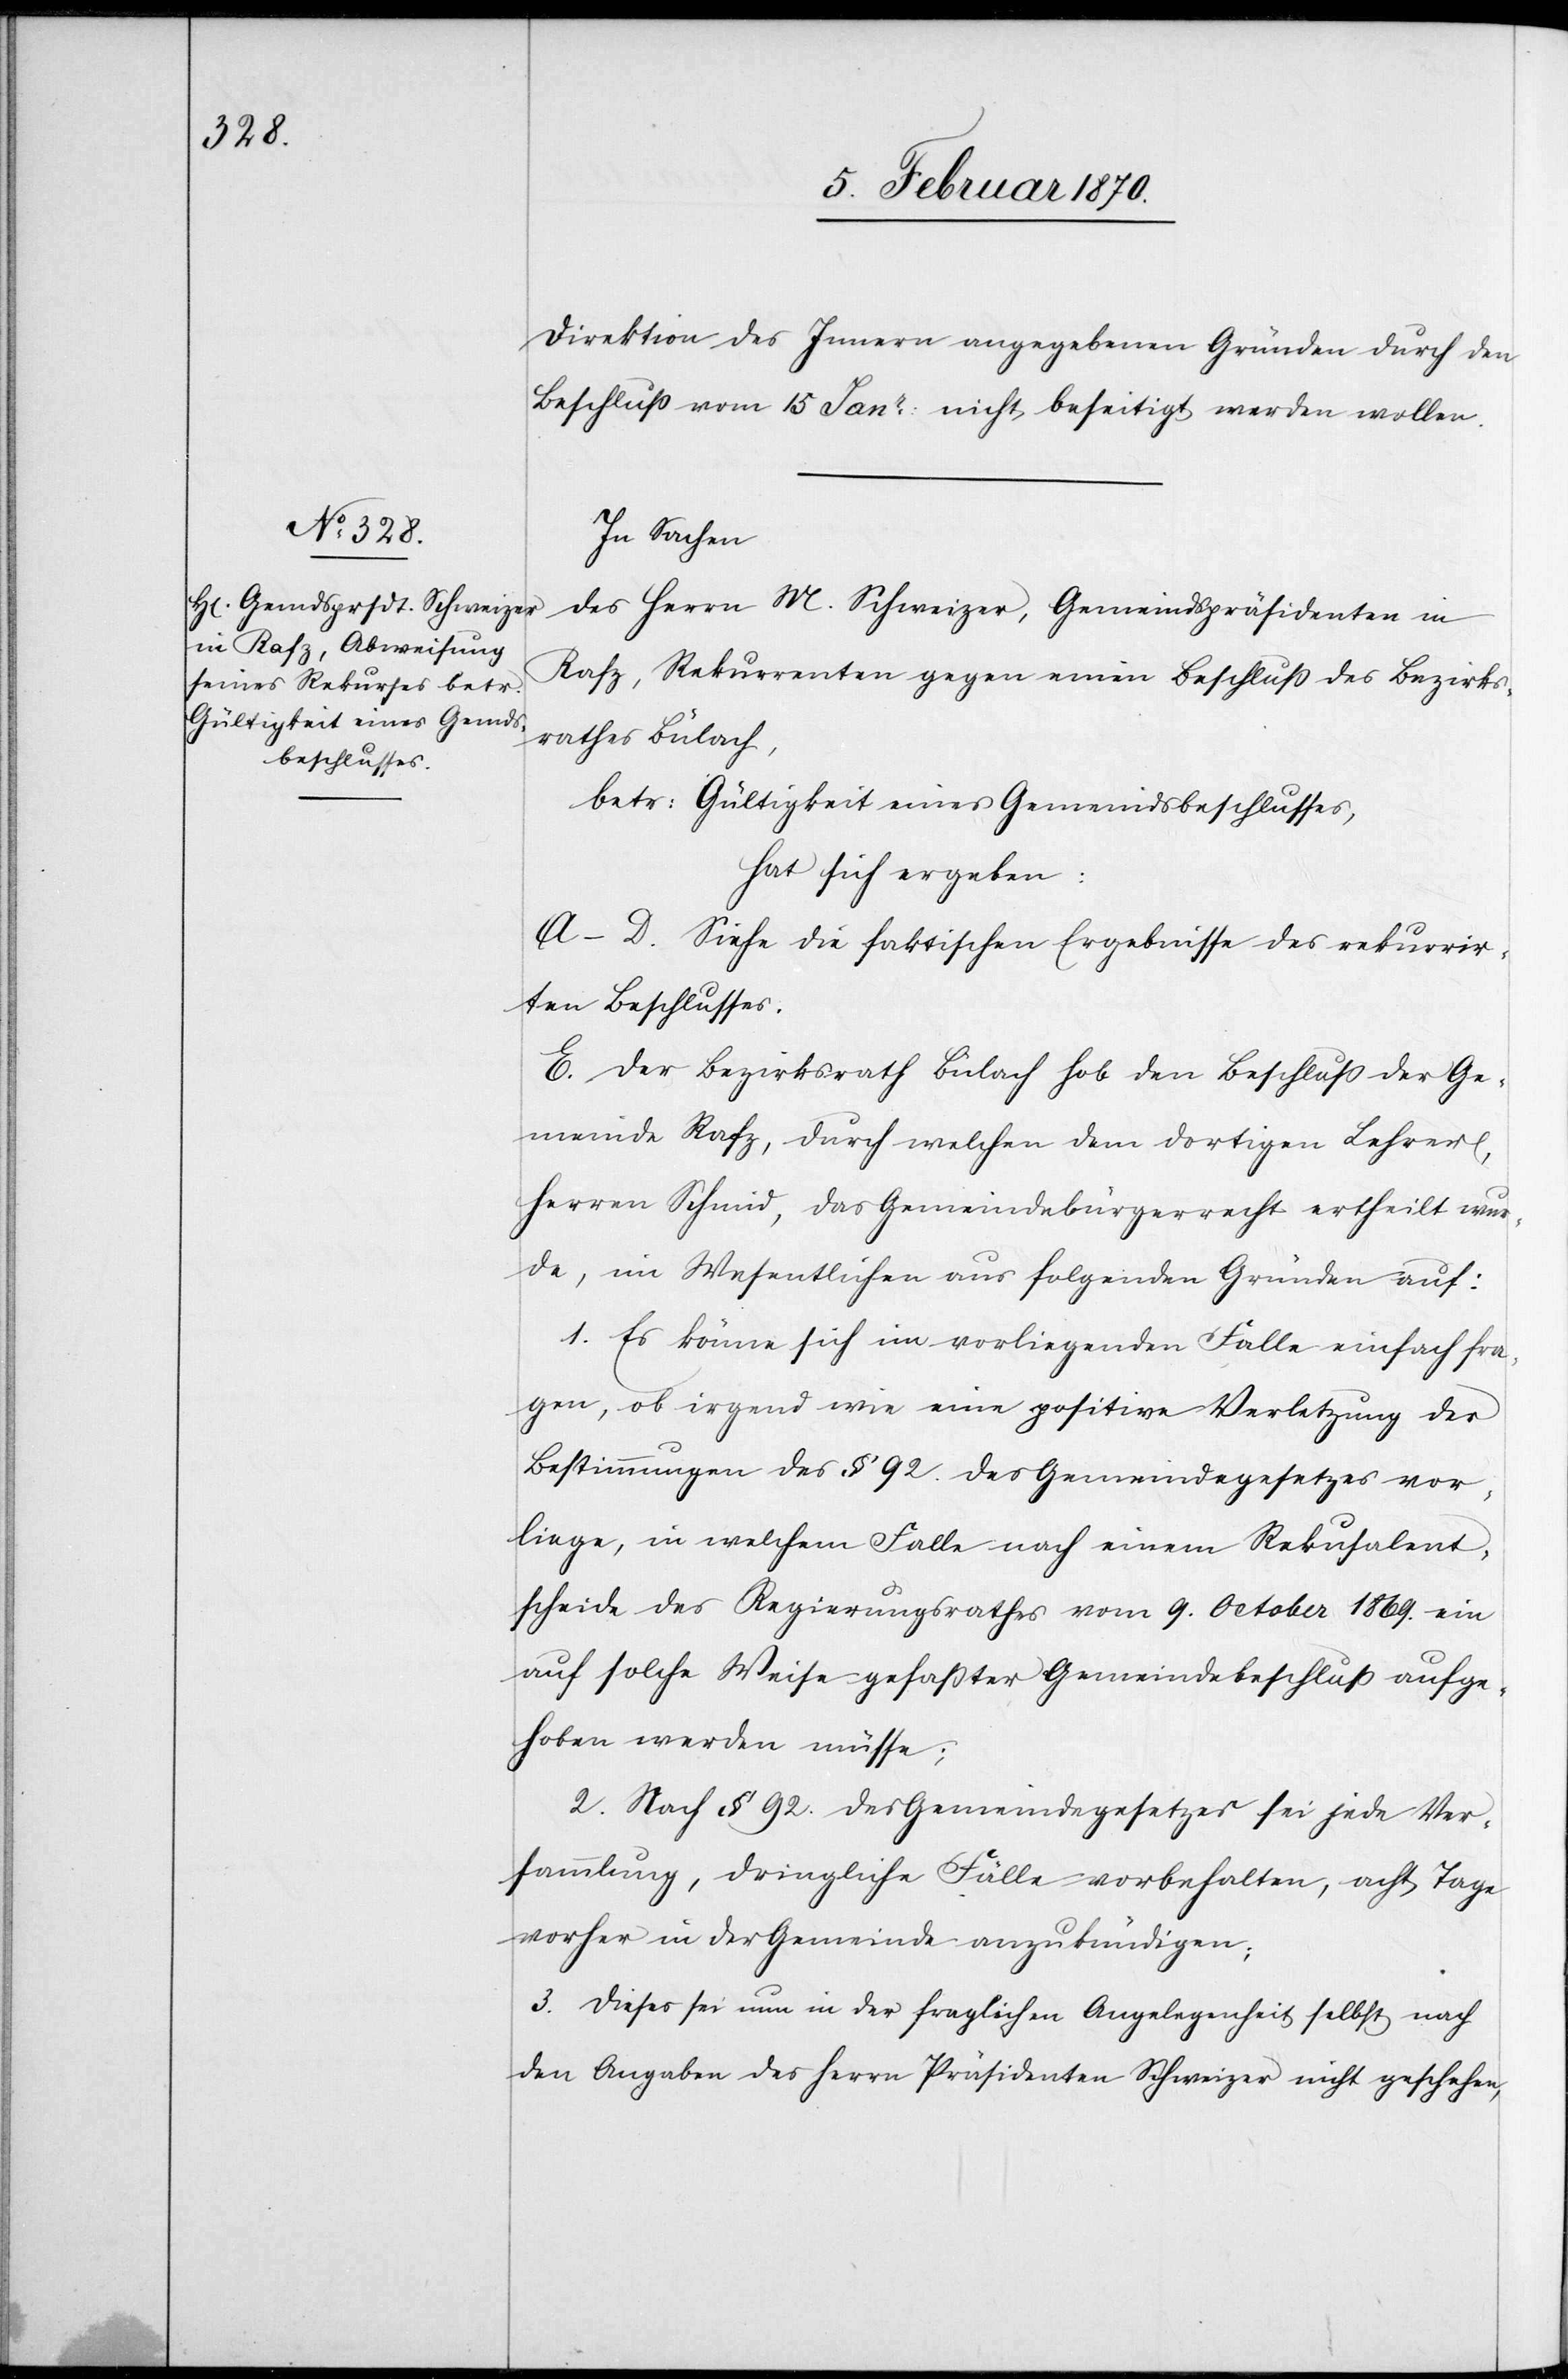
Direktion des Innern angegebenen Gründen durch den
Beschluß vom 15 Janr: nicht beseitigt werden wollen.
In Sachen
Rafz, Rekurrenten gegen einen Beschluß des Bezirks¬
rathes Bülach,
betr: Gültigkeit eines Gemeindsbeschlusses,
hat sich ergeben:
A–D. Siehe die faktischen Ergebnisse des rekurrir¬
ten Beschlusses.
E. Der Bezirksrath Bülach hob den Beschluß der Ge¬
meinde Rafz, durch welchen dem dortigen Lehrer,
Herren Schmid, das Gemeindebürgerrecht ertheilt wur¬
de, im Wesentlichen aus folgenden Gründen auf:
1. Es könne sich im vorliegenden Falle einfach fra¬
gen, ob irgendwie eine positive Verletzung der
Bestimmungen des § 92. des Gemeindegesetzes vor¬
liege, in welchem Falle nach einem Rekusalent¬
scheide des Regierungsrathes vom 9. October 1869. ein
auf solche Weise gefaßter Gemeindebeschluß aufge¬
hoben werden müsse;
2. Nach § 92. des Gemeindegesetzes sei jede Ver¬
sammlung, dringliche Fälle vorbehalten, acht Tage
vorher in der Gemeinde anzukündigen;
3. Dieses sei nun in der fraglichen Angelegenheit selbst nach
den Angaben des Herrn Präsidenten Schweizer nicht geschehen,